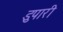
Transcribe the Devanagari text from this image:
डुपारी